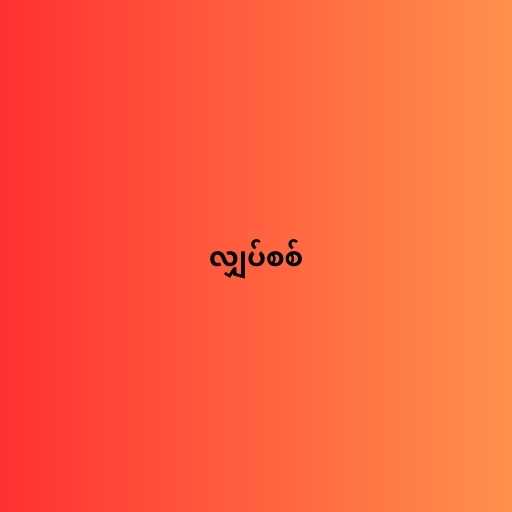
လျှပ်စစ်